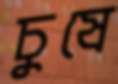
চুষে